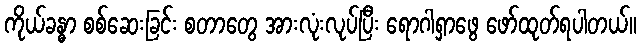
ကိုယ်ခန္ဓာ စစ်ဆေးခြင်း စတာတွေ အားလုံးလုပ်ပြီး ရောဂါရှာဖွေ ဖော်ထုတ်ရပါတယ်။